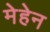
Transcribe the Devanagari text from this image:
मेहेन